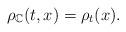
LaTeX: \begin{align*}\rho_{\mathbb{C}}(t,x)=\rho_{t}(x).\end{align*}